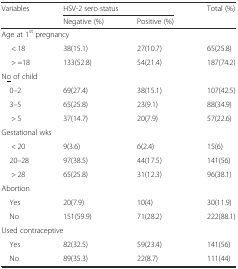
<table><thead><tr><td rowspan="2"><b>Variables</b></td><td colspan="2"><b>HSV-2 sero status</b></td><td rowspan="2"><b>Total (%)</b></td></tr><tr><td><b>Negative (%)</b></td><td><b>Positive (%)</b></td></tr></thead><tbody><tr><td colspan="4">Age at 1<sup>st</sup> pregnancy</td></tr><tr><td>&lt; 18</td><td>38(15.1)</td><td>27(10.7)</td><td>65(25.8)</td></tr><tr><td>&gt; =18</td><td>133(52.8)</td><td>54(21.4)</td><td>187(74.2)</td></tr><tr><td colspan="4">N<underline>o</underline> of child</td></tr><tr><td> 0–2</td><td>69(27.4)</td><td>38(15.1)</td><td>107(42.5)</td></tr><tr><td> 3–5</td><td>65(25.8)</td><td>23(9.1)</td><td>88(34.9)</td></tr><tr><td>&gt; 5</td><td>37(14.7)</td><td>20(7.9)</td><td>57(22.6)</td></tr><tr><td colspan="4">Gestational wks</td></tr><tr><td>&lt; 20</td><td>9(3.6)</td><td>6(2.4)</td><td>15(6)</td></tr><tr><td> 20–28</td><td>97(38.5)</td><td>44(17.5)</td><td>141(56)</td></tr><tr><td>&gt; 28</td><td>65(25.8)</td><td>31(12.3)</td><td>96(38.1)</td></tr><tr><td colspan="4">Abortion</td></tr><tr><td> Yes</td><td>20(7.9)</td><td>10(4)</td><td>30(11.9)</td></tr><tr><td> No</td><td>151(59.9)</td><td>71(28.2)</td><td>222(88.1)</td></tr><tr><td colspan="4">Used contraceptive</td></tr><tr><td> Yes</td><td>82(32.5)</td><td>59(23.4)</td><td>141(56)</td></tr><tr><td> No</td><td>89(35.3)</td><td>22(8.7)</td><td>111(44)</td></tr></tbody></table>